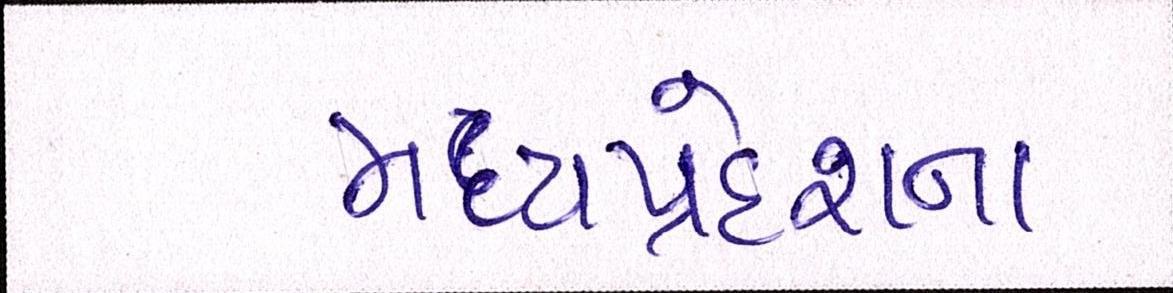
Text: મધ્યપ્રદેશના